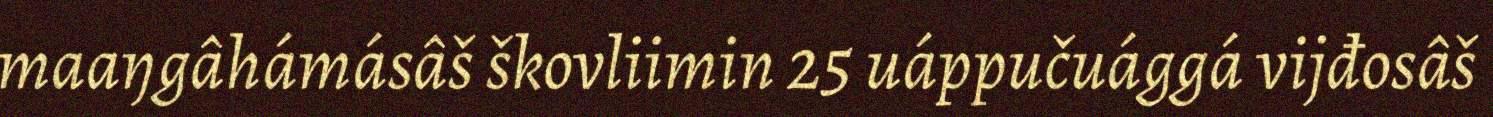
maaŋgâhámásâš škovliimin 25 uáppučuággá vijđosâš